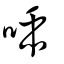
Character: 喢